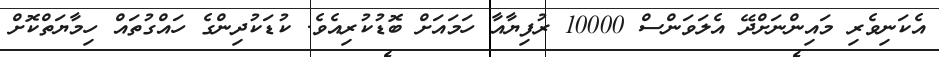
އެކަނިވެރި މައިންނަށްދޭ އެލަވަންސް 10000 ރުފިޔާއާ ހަމައަށް ބޮޑުކުރިއެވެ. ކުޑަކުދިންގެ ހައްގުތައް ހިމާޔަތްކޮށް